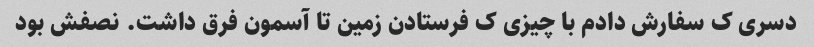
دسری ک سفارش دادم با چیزی ک فرستادن زمین تا آسمون فرق داشت. نصفش بود